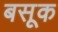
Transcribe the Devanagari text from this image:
बसूक